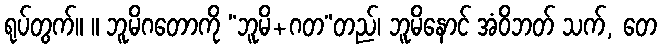
ရုပ်တွက်။ ။ ဘူမိဂတောကို “ဘူမိ+ဂတ”တည်၊ ဘူမိနောင် အံဝိဘတ် သက်, တေ